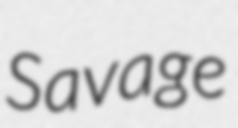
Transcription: Savage